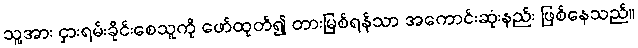
သူ့အား ငှားရမ်းခိုင်းစေသူကို ဖော်ထုတ်၍ တားမြစ်ရန်သာ အကောင်းဆုံးနည်း ဖြစ်နေသည်။